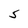
Character: 5